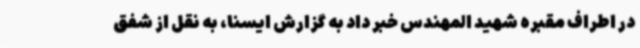
در اطراف مقبره شهید المهندس خبر داد به گزارش ایسنا، به نقل از شفق